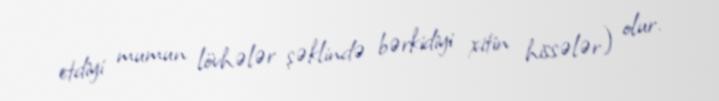
etdiyi mumun lövhələr şəklində bərkidiyi xitin hissələr) olur.